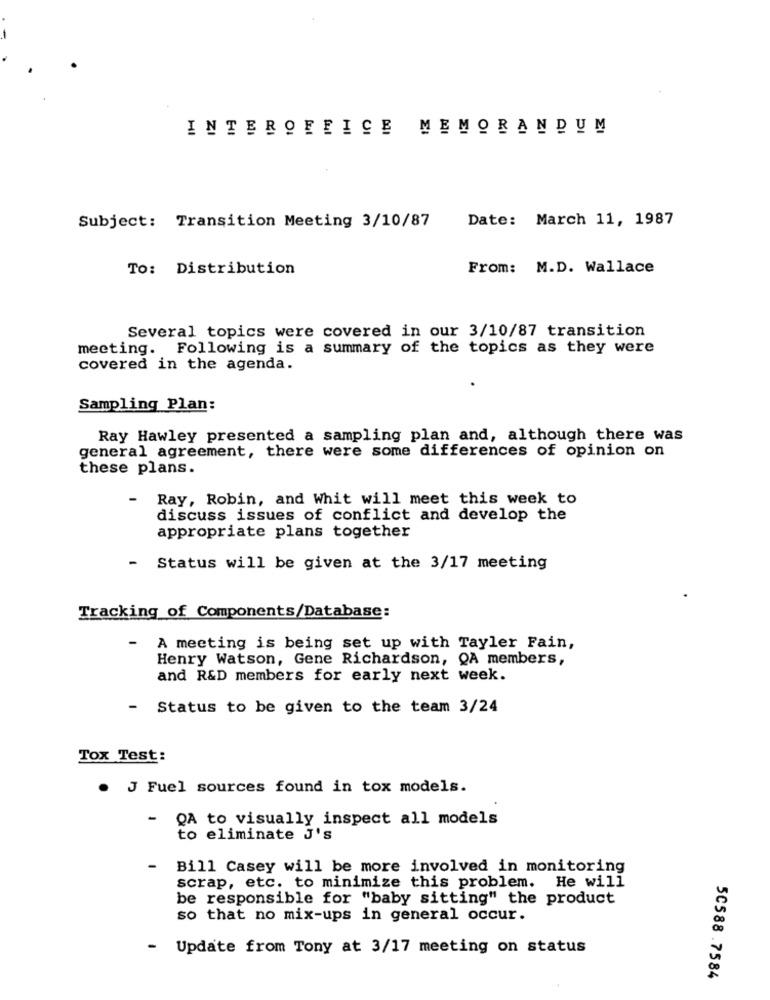
INTEROFFICE MEMORANDUM
Subject: Transition Meeting 3/10/87
Date: March 11, 1987
To: Distribution
From: M.D. Wallace
Several topics were covered in our 3/10/87 transition
meeting. Following is a summary of the topics as they were
covered in the agenda.
Sampling Plan:
Ray Hawley presented a sampling plan and, although there was
general agreement, there were some differences of opinion on
these plans.
-
Ray, Robin, and Whit will meet this week to
discuss issues of conflict and develop the
appropriate plans together
- Status will be given at the 3/17 meeting
Tracking of Components/Database:
A meeting is being set up with Tayler Fain,
Henry Watson, Gene Richardson, QA members,
and R&D members for early next week.
- Status to be given to the team 3/24
Tox Test:
. J Fuel sources found in tox models.
- QA to visually inspect all models
to eliminate J's
-
Bill Casey will be more involved in monitoring
scrap, etc. to minimize this problem. He will
be responsible for "baby sitting" the product
so that no mix-ups in general occur.
- Update from Tony at 3/17 meeting on status
5C588 .7584